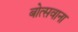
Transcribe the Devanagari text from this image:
बोत्‍सवाना